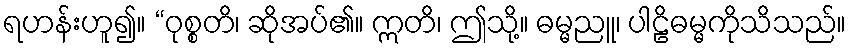
ရဟန်းဟူ၍။ “ဝုစ္စတိ၊ ဆိုအပ်၏။ ဣတိ၊ ဤသို့။ ဓမ္မညူ၊ ပါဠိဓမ္မကိုသိသည်။